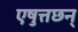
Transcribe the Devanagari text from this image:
एषुत्तछन्